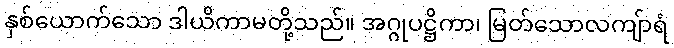
နှစ်ယောက်သော ဒါယိကာမတို့သည်။ အဂ္ဂုပဋ္ဌိကာ၊ မြတ်သောလကျ်ာရံ